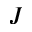
J